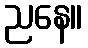
ညနေ။